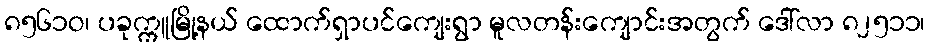
၈၅၆၁ဝ၊ ပခုက္ကူမြို့နယ် ထောက်ရှာပင်ကျေးရွာ မူလတန်းကျောင်းအတွက် ဒေါ်လာ ၈၂၅၁၁၊